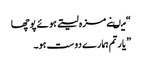
“ میںنے مزہ لیتے ہوئے پوچھا
” یار تم ہمارے دوست ہو۔